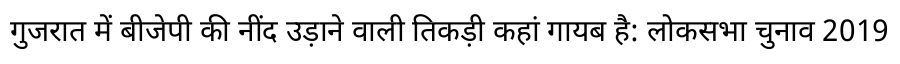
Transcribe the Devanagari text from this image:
गुजरात में बीजेपी की नींद उड़ाने वाली तिकड़ी कहां गायब है: लोकसभा चुनाव 2019